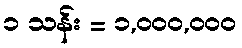
၁ သန်း = ၁,၀၀၀,၀၀၀